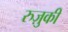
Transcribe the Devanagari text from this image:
रुज़ुकी